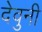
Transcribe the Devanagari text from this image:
देवुनी